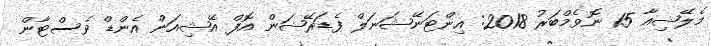
މެލޭޝިއާ 15 ނޮވެމްބަރު 2018: އިންޓަނޭޝަނަލް ފެޑަރޭޝަން އޮފް އޭޝިއަން އެންޑް ވެސްޓާން